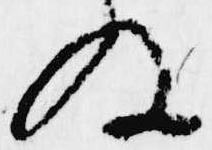
ぬ